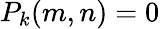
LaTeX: P_{k}(m,n)=0